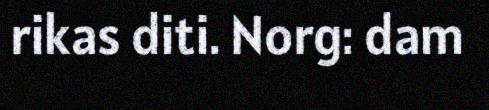
rikas diti. Norg: dam